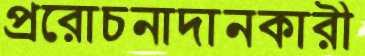
প্ররোচনাদানকারী